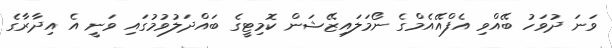
ވަނަ ދުވަހު ބޭއްވި އެފްއޭއެމްގެ ނޯމަލައިޒޭޝަން ކޮމިޓީގެ ބައްދަލުވުމުގައި ވަނީ އެ އިދާރާގެ